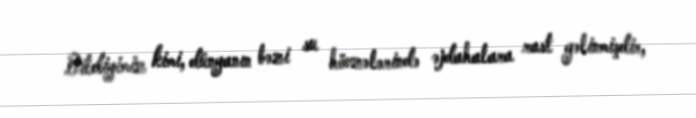
Bildiyimiz kimi, dünyanın bəzi su hövzələrində əjdahalara rast gəlinmişdir,